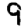
Digit: 9